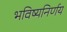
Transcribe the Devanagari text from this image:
भविष्यनिर्णय